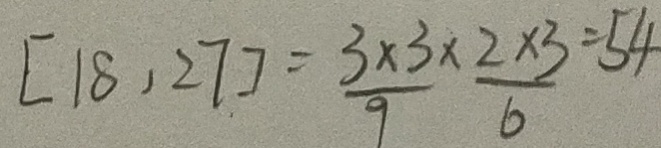
[ 1 8 , 2 7 ] = \frac { 3 \times 3 } { 9 } \times \frac { 2 \times 3 } { 6 } = 5 4